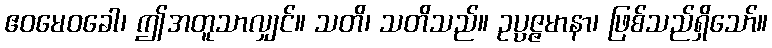
ဧဝမေဝခေါ၊ ဤအတူသာလျှင်။ သတိ၊ သတိသည်။ ဥပ္ပဇ္ဇမာနာ၊ ဖြစ်သည်ရှိသော်။